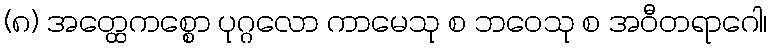
(၈) အတ္ထေကစ္စော ပုဂ္ဂလော ကာမေသု စ ဘဝေသု စ အဝီတရာဂေါ၊